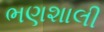
ભણશાલી